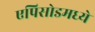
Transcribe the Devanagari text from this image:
एपिसोडमध्ये